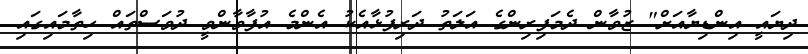
ދިޔައީ އިންޑިޔާއަށް" ޒުވާން ދެމަފިރިންގެ އަލަތު ދަރިފުޅާއެކު އެންމެ އުފާވާންވީ ދުވަސްތައް ހިތާމައިގައި